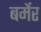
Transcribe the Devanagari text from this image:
बर्मेर